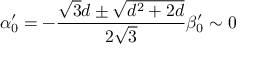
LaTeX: \alpha _ { 0 } ^ { \prime } = - { \frac { \sqrt { 3 } d \pm \sqrt { d ^ { 2 } + 2 d } } { 2 \sqrt { 3 } } } \beta _ { 0 } ^ { \prime } \sim 0